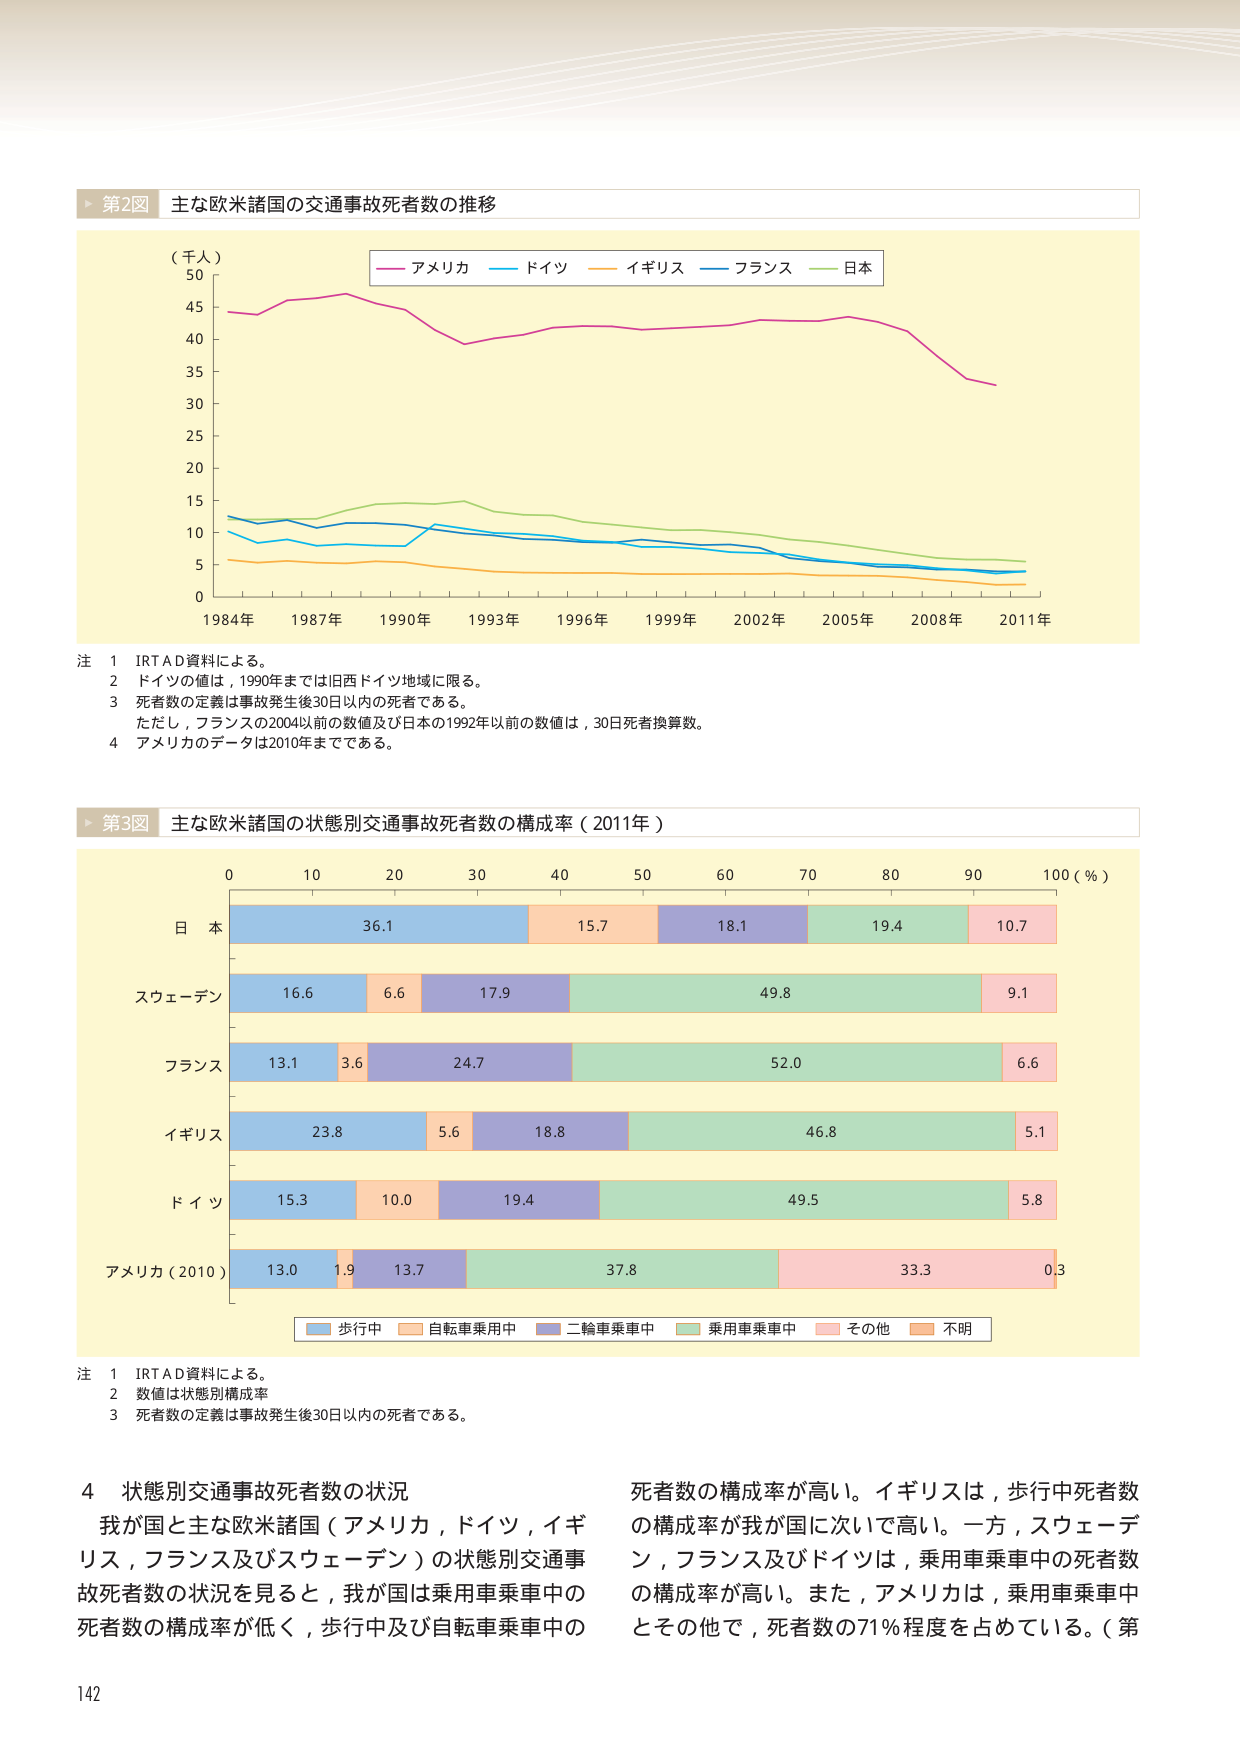
第2図 主な欧米諸国の交通事故死者数の推移

（千人）
50
45
40
35
30
25
20
15
10
5
0

1984年 1987年 1990年 1993年 1996年 1999年 2002年 2005年 2008年 2011年

アメリカ ドイツ イギリス フランス 日本

注
1 IRTAD資料による。
2 ドイツの値は，1990年までは旧西ドイツ地域に限る。
3 死者数の定義は事故発生後30日以内の死者である。
ただし，フランスの2004以前の数値及び日本の1992年以前の数値は，30日死者換算数。
4 アメリカのデータは2010年までである。

第3図 主な欧米諸国の状態別交通事故死者数の構成率（2011年）

0 10 20 30 40 50 60 70 80 90 100（％）

日本 36.1 15.7 18.1 19.4 10.7
スウェーデン 16.6 6.6 17.9 49.8 9.1
フランス 13.1 3.6 24.7 52.0 6.6
イギリス 23.8 5.6 18.8 46.8 5.1
ドイツ 15.3 10.0 19.4 49.5 5.8
アメリカ（2010） 13.0 1.9 13.7 37.8 33.3 0.3

歩行中 自転車乗用中 二輪車乗車中 乗用車乗車中 その他 不明

注
1 IRTAD資料による。
2 数値は状態別構成率
3 死者数の定義は事故発生後30日以内の死者である。

4 状態別交通事故死者数の状況
我が国と主な欧米諸国（アメリカ，ドイツ，イギリス，フランス及びスウェーデン）の状態別交通事故死者数の状況を見ると，我が国は乗用車乗車中の死者数の構成率が低く，歩行中及び自転車乗車中の死者数の構成率が高い。イギリスは，歩行中死者数の構成率が我が国に次いで高い。一方，スウェーデン，フランス及びドイツは，乗用車乗車中の死者数の構成率が高い。また，アメリカは，乗用車乗車中とその他で，死者数の71％程度を占めている。（第

142